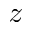
z